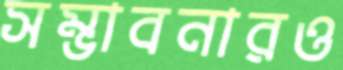
সম্ভাবনারও